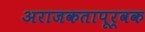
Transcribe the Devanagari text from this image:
अराजकतापूर्वक